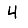
Digit: 4